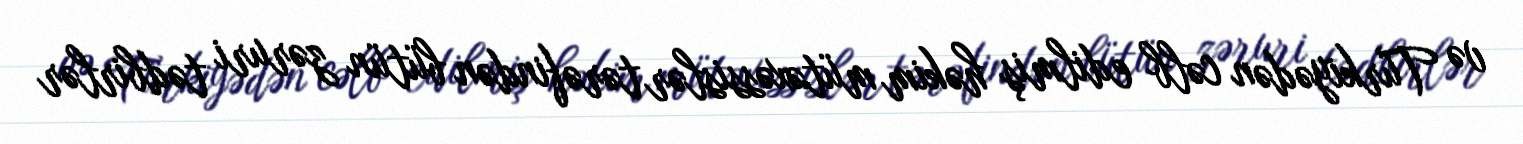
və Türkiyədən cəlb edilmiş həkim mütəxəssislər tərəfindən bütün zəruri tədbirlər